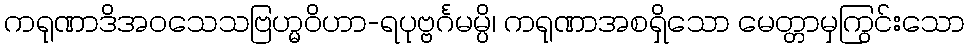
ကရုဏာဒိအဝသေသဗြဟ္မဝိဟာ-ရပုဗ္ဗင်္ဂမမ္ပိ၊ ကရုဏာအစရှိသော မေတ္တာမှကြွင်းသော